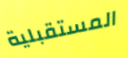
المستقبلية